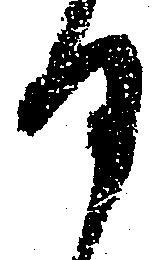
日